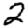
Digit: 2